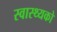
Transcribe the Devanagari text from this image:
स्वास्थ्यको